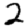
Digit: 2